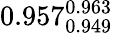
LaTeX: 0.957_{0.949}^{0.963}